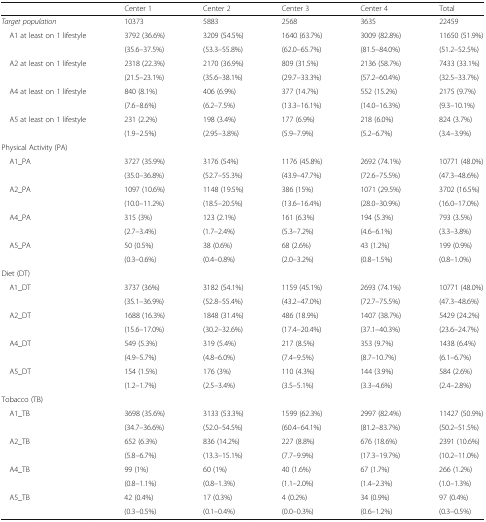
<table><thead><tr><td>[EMPTY_CELL]</td><td><b>Center 1</b></td><td><b>Center 2</b></td><td><b>Center 3</b></td><td><b>Center 4</b></td><td><b>Total</b></td></tr></thead><tbody><tr><td><i>Target population</i></td><td>10373</td><td>5883</td><td>2568</td><td>3635</td><td>22459</td></tr><tr><td rowspan="2"> A1 at least on 1 lifestyle</td><td>3792 (36.6%)</td><td>3209 (54.5%)</td><td>1640 (63.7%)</td><td>3009 (82.8%)</td><td>11650 (51.9%)</td></tr><tr><td>(35.6–37.5%)</td><td>(53.3–55.8%)</td><td>(62.0–65.7%)</td><td>(81.5–84.0%)</td><td>(51.2–52.5%)</td></tr><tr><td rowspan="2"> A2 at least on 1 lifestyle</td><td>2318 (22.3%)</td><td>2170 (36.9%)</td><td>809 (31.5%)</td><td>2136 (58.7%)</td><td>7433 (33.1%)</td></tr><tr><td>(21.5–23.1%)</td><td>(35.6–38.1%)</td><td>(29.7–33.3%)</td><td>(57.2–60.4%)</td><td>(32.5–33.7%)</td></tr><tr><td rowspan="2"> A4 at least on 1 lifestyle</td><td>840 (8.1%)</td><td>406 (6.9%)</td><td>377 (14.7%)</td><td>552 (15.2%)</td><td>2175 (9.7%)</td></tr><tr><td>(7.6–8.6%)</td><td>(6.2–7.5%)</td><td>(13.3–16.1%)</td><td>(14.0–16.3%)</td><td>(9.3–10.1%)</td></tr><tr><td rowspan="2"> A5 at least on 1 lifestyle</td><td>231 (2.2%)</td><td>198 (3.4%)</td><td>177 (6.9%)</td><td>218 (6.0%)</td><td>824 (3.7%)</td></tr><tr><td>(1.9–2.5%)</td><td>(2.95–3.8%)</td><td>(5.9–7.9%)</td><td>(5.2–6.7%)</td><td>(3.4–3.9%)</td></tr><tr><td colspan="6">Physical Activity (PA)</td></tr><tr><td rowspan="2"> A1_PA</td><td>3727 (35.9%)</td><td>3176 (54%)</td><td>1176 (45.8%)</td><td>2692 (74.1%)</td><td>10771 (48.0%)</td></tr><tr><td>(35.0–36.8%)</td><td>(52.7–55.3%)</td><td>(43.9–47.7%)</td><td>(72.6–75.5%)</td><td>(47.3–48.6%)</td></tr><tr><td rowspan="2"> A2_PA</td><td>1097 (10.6%)</td><td>1148 (19.5%)</td><td>386 (15%)</td><td>1071 (29.5%)</td><td>3702 (16.5%)</td></tr><tr><td>(10.0–11.2%)</td><td>(18.5–20.5%)</td><td>(13.6–16.4%)</td><td>(28.0–30.9%)</td><td>(16.0–17.0%)</td></tr><tr><td rowspan="2"> A4_PA</td><td>315 (3%)</td><td>123 (2.1%)</td><td>161 (6.3%)</td><td>194 (5.3%)</td><td>793 (3.5%)</td></tr><tr><td>(2.7–3.4%)</td><td>(1.7–2.4%)</td><td>(5.3–7.2%)</td><td>(4.6–6.1%)</td><td>(3.3–3.8%)</td></tr><tr><td rowspan="2"> A5_PA</td><td>50 (0.5%)</td><td>38 (0.6%)</td><td>68 (2.6%)</td><td>43 (1.2%)</td><td>199 (0.9%)</td></tr><tr><td>(0.3–0.6%)</td><td>(0.4–0.8%)</td><td>(2.0–3.2%)</td><td>(0.8–1.5%)</td><td>(0.8–1.0%)</td></tr><tr><td colspan="6">Diet (DT)</td></tr><tr><td rowspan="2"> A1_DT</td><td>3737 (36%)</td><td>3182 (54.1%)</td><td>1159 (45.1%)</td><td>2693 (74.1%)</td><td>10771 (48.0%)</td></tr><tr><td>(35.1–36.9%)</td><td>(52.8–55.4%)</td><td>(43.2–47.0%)</td><td>(72.7–75.5%)</td><td>(47.3–48.6%)</td></tr><tr><td rowspan="2"> A2_DT</td><td>1688 (16.3%)</td><td>1848 (31.4%)</td><td>486 (18.9%)</td><td>1407 (38.7%)</td><td>5429 (24.2%)</td></tr><tr><td>(15.6–17.0%)</td><td>(30.2–32.6%)</td><td>(17.4–20.4%)</td><td>(37.1–40.3%)</td><td>(23.6–24.7%)</td></tr><tr><td rowspan="2"> A4_DT</td><td>549 (5.3%)</td><td>319 (5.4%)</td><td>217 (8.5%)</td><td>353 (9.7%)</td><td>1438 (6.4%)</td></tr><tr><td>(4.9–5.7%)</td><td>(4.8–6.0%)</td><td>(7.4–9.5%)</td><td>(8.7–10.7%)</td><td>(6.1–6.7%)</td></tr><tr><td rowspan="2"> A5_DT</td><td>154 (1.5%)</td><td>176 (3%)</td><td>110 (4.3%)</td><td>144 (3.9%)</td><td>584 (2.6%)</td></tr><tr><td>(1.2–1.7%)</td><td>(2.5–3.4%)</td><td>(3.5–5.1%)</td><td>(3.3–4.6%)</td><td>(2.4–2.8%)</td></tr><tr><td colspan="6">Tobacco (TB)</td></tr><tr><td rowspan="2"> A1_TB</td><td>3698 (35.6%)</td><td>3133 (53.3%)</td><td>1599 (62.3%)</td><td>2997 (82.4%)</td><td>11427 (50.9%)</td></tr><tr><td>(34.7–36.6%)</td><td>(52.0–54.5%)</td><td>(60.4–64.1%)</td><td>(81.2–83.7%)</td><td>(50.2–51.5%)</td></tr><tr><td rowspan="2"> A2_TB</td><td>652 (6.3%)</td><td>836 (14.2%)</td><td>227 (8.8%)</td><td>676 (18.6%)</td><td>2391 (10.6%)</td></tr><tr><td>(5.8–6.7%)</td><td>(13.3–15.1%)</td><td>(7.7–9.9%)</td><td>(17.3–19.7%)</td><td>(10.2–11.0%)</td></tr><tr><td rowspan="2"> A4_TB</td><td>99 (1%)</td><td>60 (1%)</td><td>40 (1.6%)</td><td>67 (1.7%)</td><td>266 (1.2%)</td></tr><tr><td>(0.8–1.1%)</td><td>(0.8–1.3%)</td><td>(1.1–2.0%)</td><td>(1.4–2.3%)</td><td>(1.0–1.3%)</td></tr><tr><td rowspan="2"> A5_TB</td><td>42 (0.4%)</td><td>17 (0.3%)</td><td>4 (0.2%)</td><td>34 (0.9%)</td><td>97 (0.4%)</td></tr><tr><td>(0.3–0.5%)</td><td>(0.1–0.4%)</td><td>(0.0–0.3%)</td><td>(0.6–1.2%)</td><td>(0.3–0.5%)</td></tr></tbody></table>